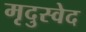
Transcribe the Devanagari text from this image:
मृदुस्वेद